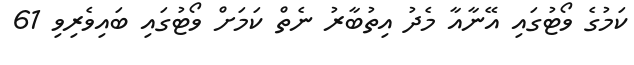
ކަމުގެ ވޯޓުގައި އޭނާއާ މެދު އިތުބާރު ނެތް ކަމަށް ވޯޓުގައި ބައިވެރިވި 61